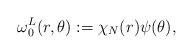
LaTeX: \begin{align*}\omega_0^L(r,\theta):=\chi_N(r)\psi(\theta),\end{align*}